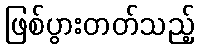
ဖြစ်ပွားတတ်သည့်